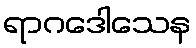
ရာဂဒေါသေန